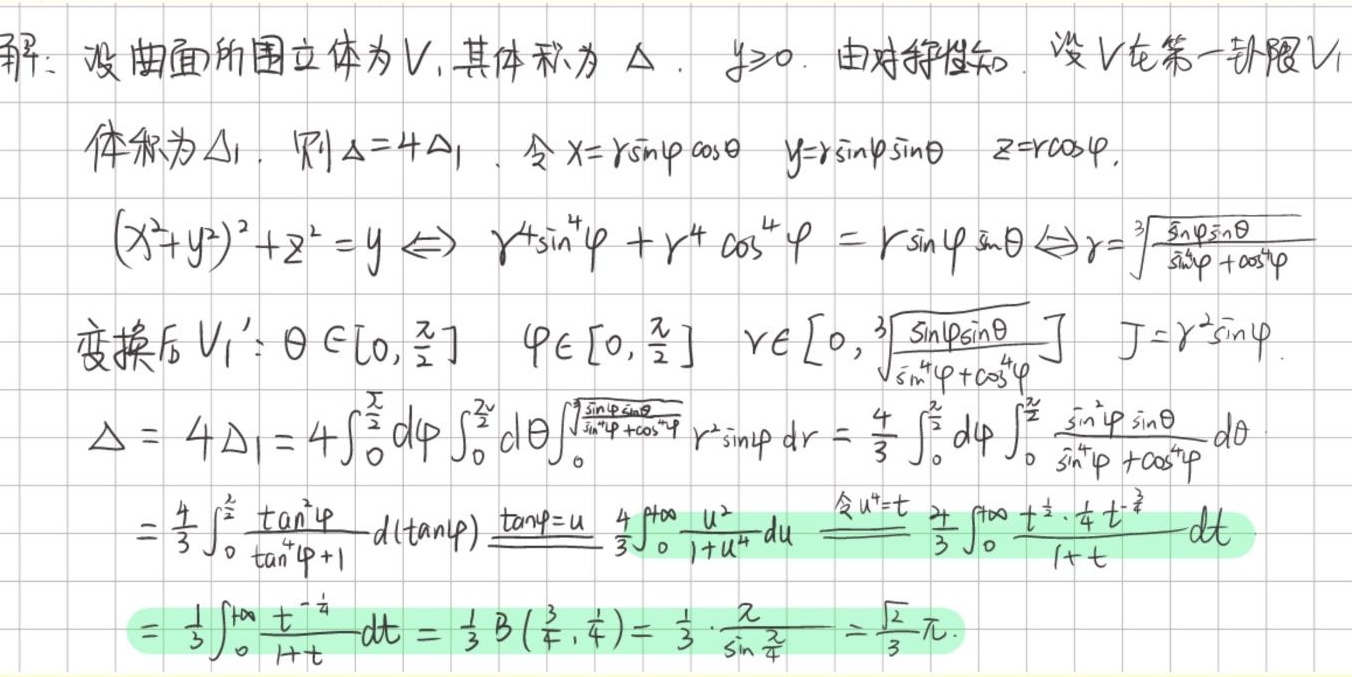
解：设曲面所围立体为 \( V \)，其体积为 \( \Delta \)， \( y\geq0 \)。由对称性知，设 \( V \) 在第一卦限 \( V_1 \)
体积为 \( \Delta_1 \)，则 \( \Delta = 4\Delta_1 \)。令 \( x = r\sin\varphi\cos\theta \)， \( y = r\sin\varphi\sin\theta \)， \( z = r\cos\varphi \)，
\((x^{2}+y^{2})^{2}+z^{2}=y \Leftrightarrow r^{4}\sin^{4}\varphi + r^{4}\cos^{4}\varphi = r\sin\varphi\sin\theta \Leftrightarrow r = \sqrt[3]{\frac{\sin\varphi\sin\theta}{\sin^{4}\varphi+\cos^{4}\varphi}} \)
变换后 \( V_1': \theta\in[0,\frac{\pi}{2}] \)， \( \varphi\in[0,\frac{\pi}{2}] \)， \( r\in[0,\sqrt[3]{\frac{\sin\varphi\sin\theta}{\sin^{4}\varphi+\cos^{4}\varphi}}] \)， \( J = r^{2}\sin\varphi \)。
\( \Delta = 4\Delta_1 = 4\int_{0}^{\frac{\pi}{2}}d\varphi\int_{0}^{\frac{\pi}{2}}d\theta\int_{0}^{\sqrt[3]{\frac{\sin\varphi\sin\theta}{\sin^{4}\varphi+\cos^{4}\varphi}}}r^{2}\sin\varphi dr = \frac{4}{3}\int_{0}^{\frac{\pi}{2}}d\varphi\int_{0}^{\frac{\pi}{2}}\frac{\sin^{2}\varphi\sin\theta}{\sin^{4}\varphi+\cos^{4}\varphi}d\theta \)
\( = \frac{4}{3}\int_{0}^{\frac{\pi}{2}}\frac{\tan^{2}\varphi}{\tan^{4}\varphi + 1}d(\tan\varphi)\overset{\tan\varphi = u}{=}\frac{4}{3}\int_{0}^{+\infty}\frac{u^{2}}{1 + u^{4}}du\overset{\text{令}u^{4}=t}{=}\frac{4}{3}\int_{0}^{+\infty}\frac{t^{\frac{1}{2}}\cdot\frac{1}{4}t^{-\frac{3}{4}}}{1 + t}dt \)
\( = \frac{1}{3}\int_{0}^{+\infty}\frac{t^{-\frac{1}{4}}}{1 + t}dt = \frac{1}{3}B(\frac{3}{4},\frac{1}{4})=\frac{1}{3}\cdot\frac{\pi}{\sin\frac{\pi}{4}}=\frac{\sqrt{2}\pi}{3} \)。